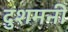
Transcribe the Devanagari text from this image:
दुशमनी